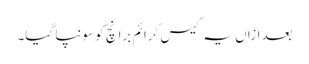
بعدازاں یہ کیس کرائم برانچ کو سونپا گیا۔